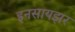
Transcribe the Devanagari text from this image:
इनसायझर